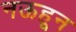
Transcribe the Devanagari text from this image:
नऊहून